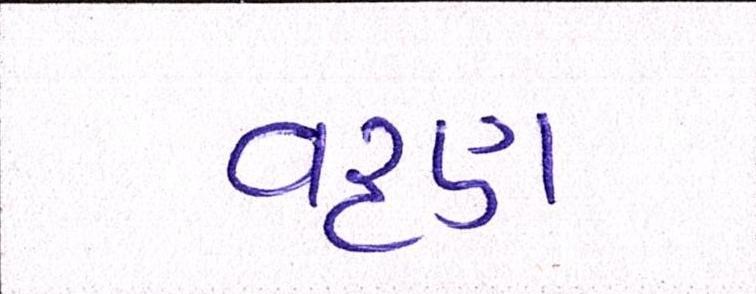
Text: વરૃણ